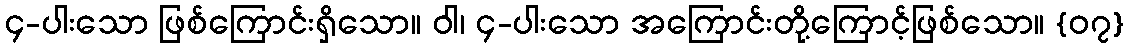
၄-ပါးသော ဖြစ်ကြောင်းရှိသော။ ဝါ၊ ၄-ပါးသော အကြောင်းတို့ကြောင့်ဖြစ်သော။ {၀၇}